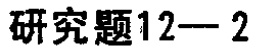
研究题12—2